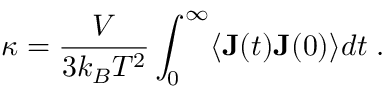
\kappa = \frac { V } { 3 k _ { B } T ^ { 2 } } \int _ { 0 } ^ { \infty } \langle \mathbf { J } ( t ) \mathbf { J } ( 0 ) \rangle d t \; .